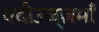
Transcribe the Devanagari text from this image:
बदीउज्ज़माँ